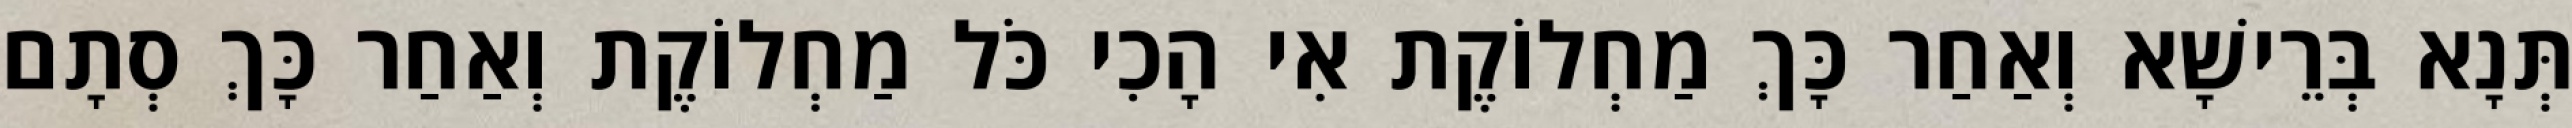
תְּנָא בְּרֵישָׁא וְאַחַר כָּךְ מַחְלוֹקֶת אִי הָכִי כֹּל מַחְלוֹקֶת וְאַחַר כָּךְ סְתָם